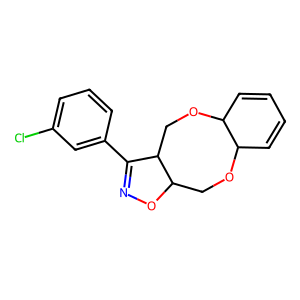
SMILES: Clc1cccc(C2=NOC3COC4C=CC=CC4OCC23)c1
Inhibits HIV replication: No